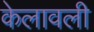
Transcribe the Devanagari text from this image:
केलावली